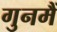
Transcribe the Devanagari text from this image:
गुनमैं